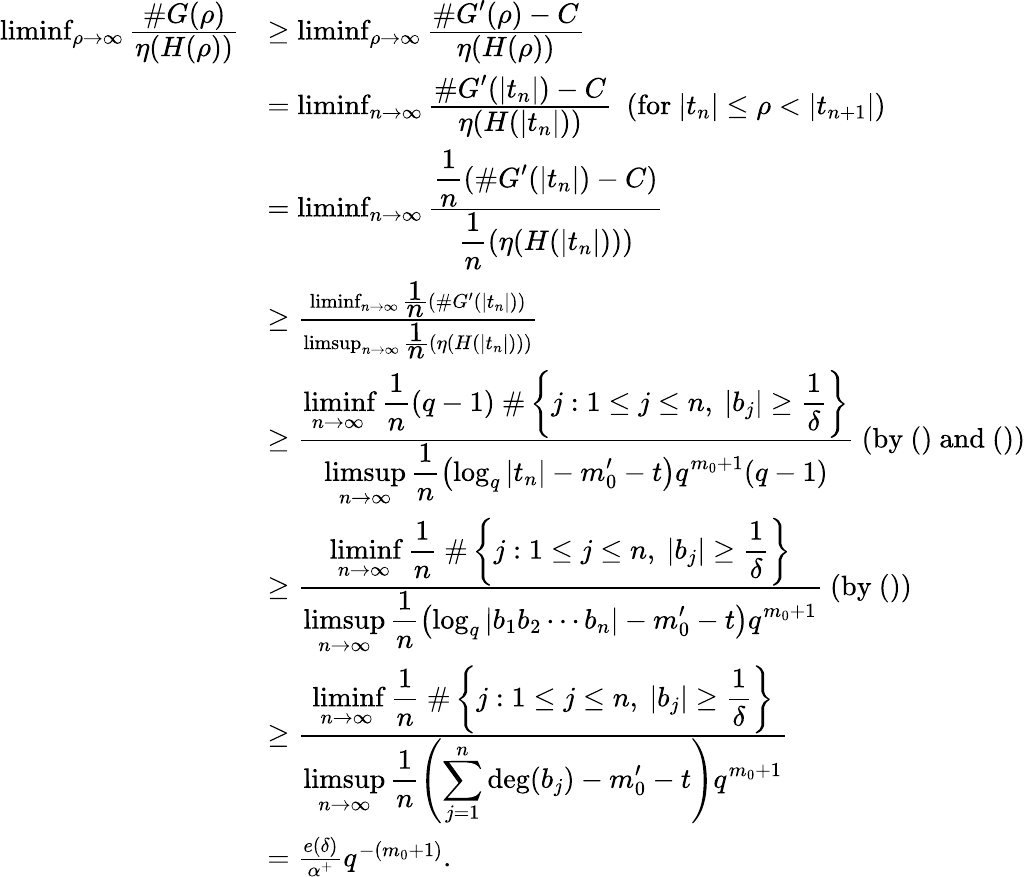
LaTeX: \begin{array}{rl}{\operatorname*{liminf}_{\rho\rightarrow\infty}\frac{\displaystyle{\# G(\rho)}}{\displaystyle{\eta(H(\rho))}}}&{\geq\operatorname*{liminf}_{\rho\rightarrow\infty}\frac{\displaystyle{\# G^{\prime}(\rho)-C}}{\displaystyle{\eta(H(\rho))}}}\\ &{=\operatorname*{liminf}_{n\rightarrow\infty}\frac{\displaystyle{\# G^{\prime}(|t_{n}|)-C}}{\displaystyle{\eta(H(|t_{n}|))}}\ \ (\mathrm{for}\ |t_{n}|\leq\rho<|t_{n+1}|)}\\ &{=\operatorname*{liminf}_{n\rightarrow\infty}\frac{\displaystyle{\frac{\displaystyle 1}{\displaystyle n}(\# G^{\prime}(|t_{n}|)-C)}}{\displaystyle{\frac{\displaystyle 1}{\displaystyle n}(\eta(H(|t_{n}|)))}}}\\ &{\geq\frac{\operatorname*{liminf}_{n\rightarrow\infty}\frac{\displaystyle 1}{\displaystyle n}(\# G^{\prime}(|t_{n}|))}{\operatorname*{limsup}_{n\rightarrow\infty}\frac{\displaystyle 1}{\displaystyle n}(\eta(H(|t_{n}|)))}}\\ &{\geq\frac{\displaystyle{\operatorname*{liminf}_{n\rightarrow\infty}\frac{\displaystyle 1}{\displaystyle n}(q-1)\ \# \left\{ j:1\leq j\leq n,\ |b_{j}|\geq\frac{1}{\delta}\right\} }}{\displaystyle{\operatorname*{limsup}_{n\rightarrow\infty}\frac{\displaystyle 1}{\displaystyle n}\left(\log_{q}|t_{n}|-m_{0}^{\prime}-t\right)q^{m_{0}+1}(q-1)}}\ (\mathrm{by}\ ()\ \mathrm{and}\ ())}\\ &{\geq\frac{\displaystyle{\operatorname*{liminf}_{n\rightarrow\infty}\frac{\displaystyle 1}{\displaystyle n}\ \# \left\{ j:1\leq j\leq n,\ |b_{j}|\geq\frac{1}{\delta}\right\} }}{\displaystyle{\operatorname*{limsup}_{n\rightarrow\infty}\frac{\displaystyle 1}{\displaystyle n}\left(\log_{q}|b_{1}b_{2}\cdots b_{n}|-m_{0}^{\prime}-t\right)q^{m_{0}+1}}}\ (\mathrm{by}\ ())}\\ &{\geq\frac{\displaystyle{\operatorname*{liminf}_{n\rightarrow\infty}\frac{\displaystyle 1}{\displaystyle n}\ \# \left\{ j:1\leq j\leq n,\ |b_{j}|\geq\frac{1}{\delta}\right\} }}{\displaystyle{\operatorname*{limsup}_{n\rightarrow\infty}\frac{\displaystyle 1}{\displaystyle n}\left(\sum_{j=1}^{n}\deg(b_{j})-m_{0}^{\prime}-t\right)q^{m_{0}+1}}}}\\ &{=\frac{e(\delta)}{\alpha^{+}}q^{-(m_{0}+1)}.}\end{array}